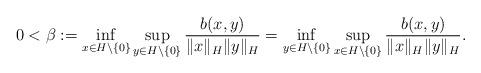
LaTeX: \begin{align*}0<\beta:= \inf_{x\in H \setminus\{0\}} \sup_{y\in H\setminus\{0\}} \frac{ b(x,y)}{ \| x\|_{H} \| y\|_H }= \inf_{y\in H \setminus\{0\}} \sup_{x\in H\setminus\{0\}} \frac{ b(x,y)}{ \| x\|_{H} \| y\|_H } .\end{align*}